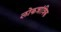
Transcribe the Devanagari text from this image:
लोकत्रांत्रिक